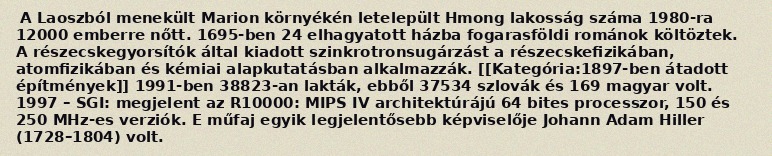
A Laoszból menekült Marion környékén letelepült Hmong lakosság száma 1980-ra 12000 emberre nőtt. 1695-ben 24 elhagyatott házba fogarasföldi románok költöztek. A részecskegyorsítók által kiadott szinkrotronsugárzást a részecskefizikában, atomfizikában és kémiai alapkutatásban alkalmazzák. [[Kategória:1897-ben átadott építmények]] 1991-ben 38823-an lakták, ebből 37534 szlovák és 169 magyar volt. 1997 – SGI: megjelent az R10000: MIPS IV architektúrájú 64 bites processzor, 150 és 250 MHz-es verziók. E műfaj egyik legjelentősebb képviselője Johann Adam Hiller (1728–1804) volt.